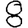
Digit: 8